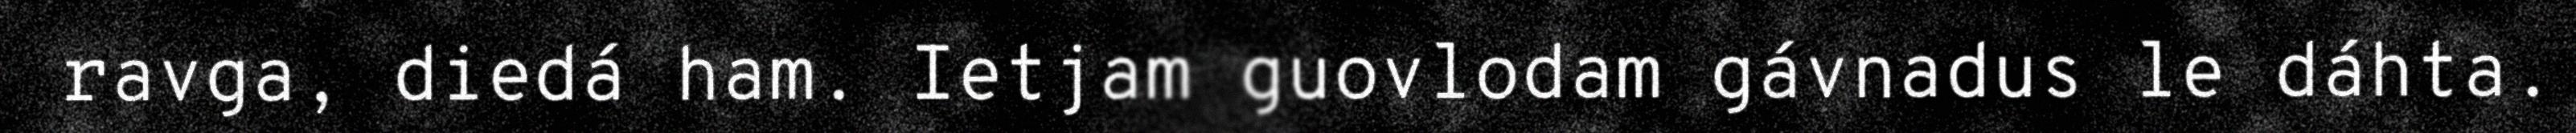
ravga, diedá ham. Ietjam guovlodam gávnadus le dáhta.